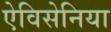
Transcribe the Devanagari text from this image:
ऐविसेनिया